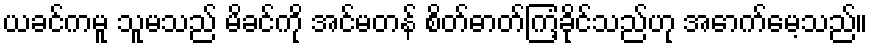
ယခင်ကမူ သူမသည် မိခင်ကို အင်မတန် စိတ်ဓာတ်ကြံ့ခိုင်သည်ဟု အောက်မေ့သည်။